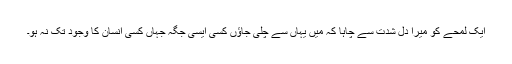
ایک لمحے کو میرا دل شدت سے چاہا کہ میں یہاں سے چلی جاؤں کسی ایسی جگہ جہاں کسی انسان کا وجود تک نہ ہو۔